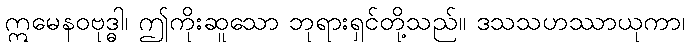
ဣမေနဝဗုဒ္ဓါ၊ ဤကိုးဆူသော ဘုရားရှင်တို့သည်။ ဒသသဟဿာယုကာ၊